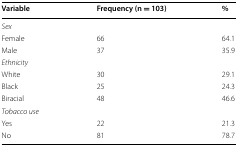
<table><thead><tr><td><b>Variable</b></td><td><b>Frequency (n = 103)</b></td><td><b>%</b></td></tr></thead><tbody><tr><td colspan="3"><i>Sex</i></td></tr><tr><td>Female</td><td>66</td><td>64.1</td></tr><tr><td>Male</td><td>37</td><td>35.9</td></tr><tr><td colspan="3"><i>Ethnicity</i></td></tr><tr><td>White</td><td>30</td><td>29.1</td></tr><tr><td>Black</td><td>25</td><td>24.3</td></tr><tr><td>Biracial</td><td>48</td><td>46.6</td></tr><tr><td colspan="3"><i>Tobacco use</i></td></tr><tr><td>Yes</td><td>22</td><td>21.3</td></tr><tr><td>No</td><td>81</td><td>78.7</td></tr></tbody></table>